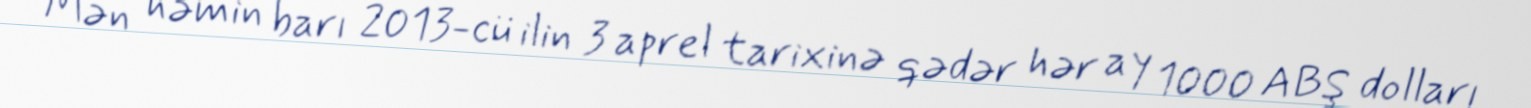
Mən həmin barı 2013-cü ilin 3 aprel tarixinə qədər hər ay 1000 ABŞ dolları